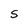
Character: S